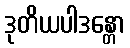
ဒုတိယပါဒန္တော